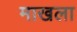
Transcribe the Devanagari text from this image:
माखला